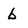
Character: b